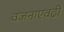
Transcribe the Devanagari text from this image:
वजनाएवढी